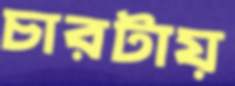
চারটায়